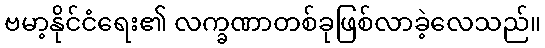
ဗမာ့နိုင်ငံရေး၏ လက္ခဏာတစ်ခုဖြစ်လာခဲ့လေသည်။